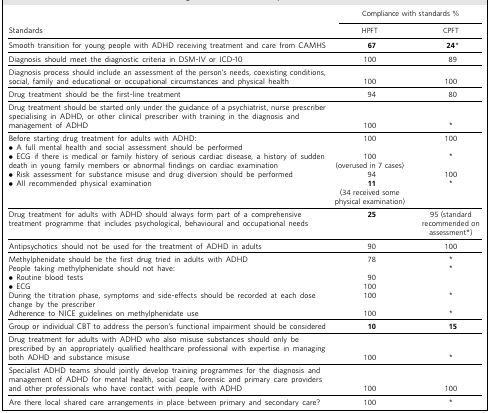
<table><thead><tr><td></td><td colspan="2"><b>Compliance with standards %</b></td></tr><tr><td><b>Standards</b></td><td><b>HPFT</b></td><td><b>CPFT</b></td></tr></thead><tbody><tr><td>Smooth transition for young people with ADHD receiving treatment and care from CAMHS</td><td><b>67</b></td><td><b>24<sup>*</sup></b></td></tr><tr><td>Diagnosis should meet the diagnostic criteria in DSM-IV or ICD-10</td><td>100</td><td>89</td></tr><tr><td>Diagnosis process should include an assessment of the person’s needs, coexisting conditions,social, family and educational or occupational circumstances and physical health</td><td>100</td><td>100</td></tr><tr><td>Drug treatment should be the first-line treatment</td><td>94</td><td>80</td></tr><tr><td>Drug treatment should be started only under the guidance of a psychiatrist, nurse prescriberspecialising in ADHD, or other clinical prescriber with training in the diagnosis andmanagement of ADHD</td><td>100</td><td><sup>*</sup></td></tr><tr><td>Before starting drug treatment for adults with ADHD:</td><td>100</td><td>100</td></tr><tr><td>• A full mental health and social assessment should be performed</td><td></td><td></td></tr><tr><td>• ECG if there is medical or family history of serious cardiac disease, a history of suddendeath in young family members or abnormal findings on cardiac examination</td><td>100(overusedin7cases)</td><td><sup>*</sup></td></tr><tr><td>• Risk assessment for substance misuse and drug diversion should be performed</td><td>94</td><td>100</td></tr><tr><td>• All recommended physical examination</td><td><b>11</b>(34 received somephysical examination)</td><td><sup>*</sup></td></tr><tr><td>Drug treatment for adults with ADHD should always form part of a comprehensivetreatment programme that includes psychological, behavioural and occupational needs</td><td><b>25</b></td><td>95 (standardrecommended onassessment<sup>*</sup>)</td></tr><tr><td>Antipsychotics should not be used for the treatment of ADHD in adults</td><td>90</td><td>100</td></tr><tr><td>Methylphenidate should be the first drug tried in adults with ADHD</td><td>78</td><td><sup>*</sup></td></tr><tr><td>People taking methylphenidate should not have:</td><td></td><td><sup>*</sup></td></tr><tr><td>• Routine blood tests</td><td>90</td><td></td></tr><tr><td>• ECG</td><td>100</td><td></td></tr><tr><td>During the titration phase, symptoms and side-effects should be recorded at each dosechange by the prescriber</td><td>100</td><td><sup>*</sup></td></tr><tr><td>Adherence to NICE guidelines on methylphenidate use</td><td>100</td><td><sup>*</sup></td></tr><tr><td>Group or individual CBT to address the person’s functional impairment should be considered</td><td><b>10</b></td><td><b>15</b></td></tr><tr><td>Drug treatment for adults with ADHD who also misuse substances should only beprescribed by an appropriately qualified healthcare professional with expertise in managingboth ADHD and substance misuse</td><td>100</td><td><sup>*</sup></td></tr><tr><td>Specialist ADHD teams should jointly develop training programmes for the diagnosis andmanagement of ADHD for mental health, social care, forensic and primary care providersand other professionals who have contact with people with ADHD</td><td>100</td><td>100</td></tr><tr><td>Are there local shared care arrangements in place between primary and secondary care?</td><td>100</td><td><sup>*</sup></td></tr></tbody></table>